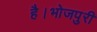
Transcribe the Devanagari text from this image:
है।भोजपुरी